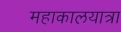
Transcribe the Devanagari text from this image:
महाकालयात्रा